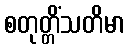
စတုတ္တိံသတိမာ